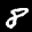
Label: 8